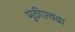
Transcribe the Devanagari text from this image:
मुठीएवढा